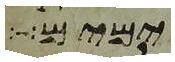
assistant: ימים